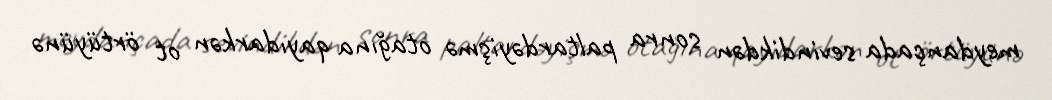
meydançada sevindikdən sonra paltardəyişmə otağına qayıdarkən ot örtüyünə